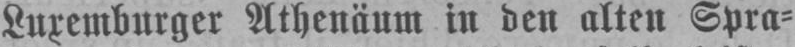
Luxemburger Athenäum in den alten Spra⸗